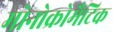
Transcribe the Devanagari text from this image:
मोनोक्रोमैटिक